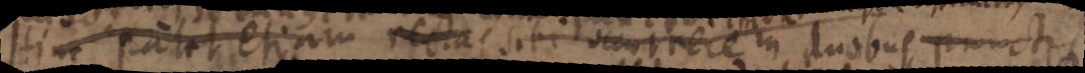
Hinc patet etiam recta sibi occurrere in duobus punctis